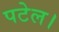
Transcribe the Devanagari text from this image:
पटेल।